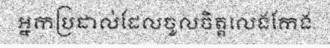
អ្នកប្រដាល់ដែលចូលចិត្តលេងកែង